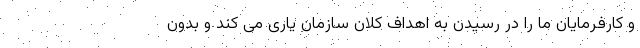
و کارفرمایان ما را در رسیدن به اهداف کلان سازمان یاری می کند و بدون